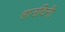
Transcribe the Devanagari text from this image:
हाउदिनी